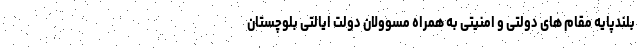
بلندپایه مقام های دولتی و امنیتی به همراه مسوولان دولت ایالتی بلوچستان